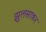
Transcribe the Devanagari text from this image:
झुलसाकर